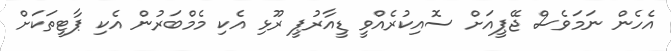
އެހެން ނަަމަވެސް ޖޭޕީއަށް ސޮއިކުރެއްވީ ޑީއާރުޕީ ރޫޅި އެކި މެމްބަރުން އެކި ޕާޓީތަކަށް